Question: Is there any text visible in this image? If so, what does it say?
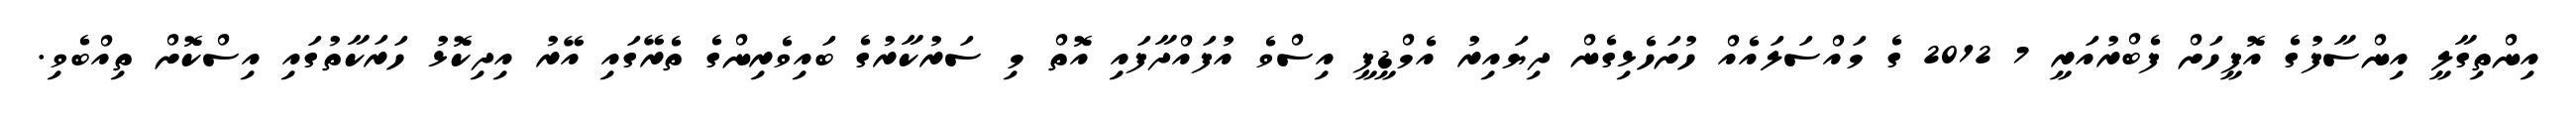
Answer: އިންތިގާލީ އިންސާފުގެ އޮފީހަށް ފެބްރުއަރީ 7 2012 ގެ މައްސަލައެއް ހުށަހެޅިގެން ދިޔައިރު އެމްޑީޕީ އިސްވެ އުފައްދާފައި އޮތް މި ސަރުކާރުގެ ބައިވެރިންގެ ތެރޭގައި އޭރު އިދިކޮޅު ހަރަކާތުގައި އިސްކޮށް ތިއްބެވި.